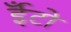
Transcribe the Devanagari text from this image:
ईँटो